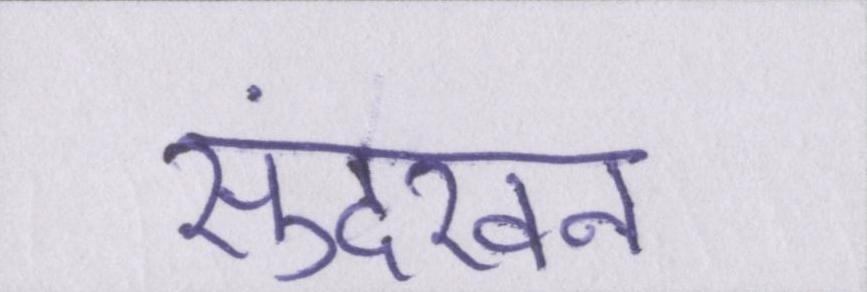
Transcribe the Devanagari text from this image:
सुंदरवन